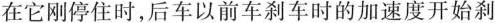
在它刚停住时，后车以前车刹车时的加速度开始刹